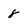
Character: 8